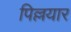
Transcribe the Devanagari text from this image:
पिल्लयार